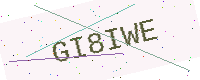
Text: GI8IWE